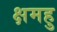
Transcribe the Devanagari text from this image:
क्षमहु